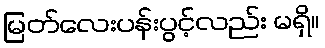
မြတ်လေးပန်းပွင့်လည်း မရှိ။